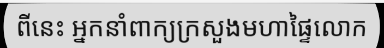
ពីនេះ អ្នកនាំពាក្យក្រសួងមហាផ្ទៃលោក